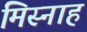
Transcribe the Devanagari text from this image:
मिस्नाह